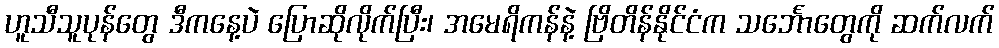
ဟူသီသူပုန်တွေ ဒီကနေ့ပဲ ပြောဆိုလိုက်ပြီး၊ အမေရိကန်နဲ့ ဗြိတိန်နိုင်ငံက သင်္ဘောတွေကို ဆက်လက်